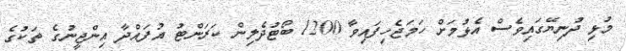
މުޅި ދުނިޔޭގައިވެސް އެޅުމަށް ހަމަޖެހިފައިވާ 1200 ބޯޓުދެލިން ކަރަންޓު އުފައްދާ އިންޖީނުގެ ތަކުގެ